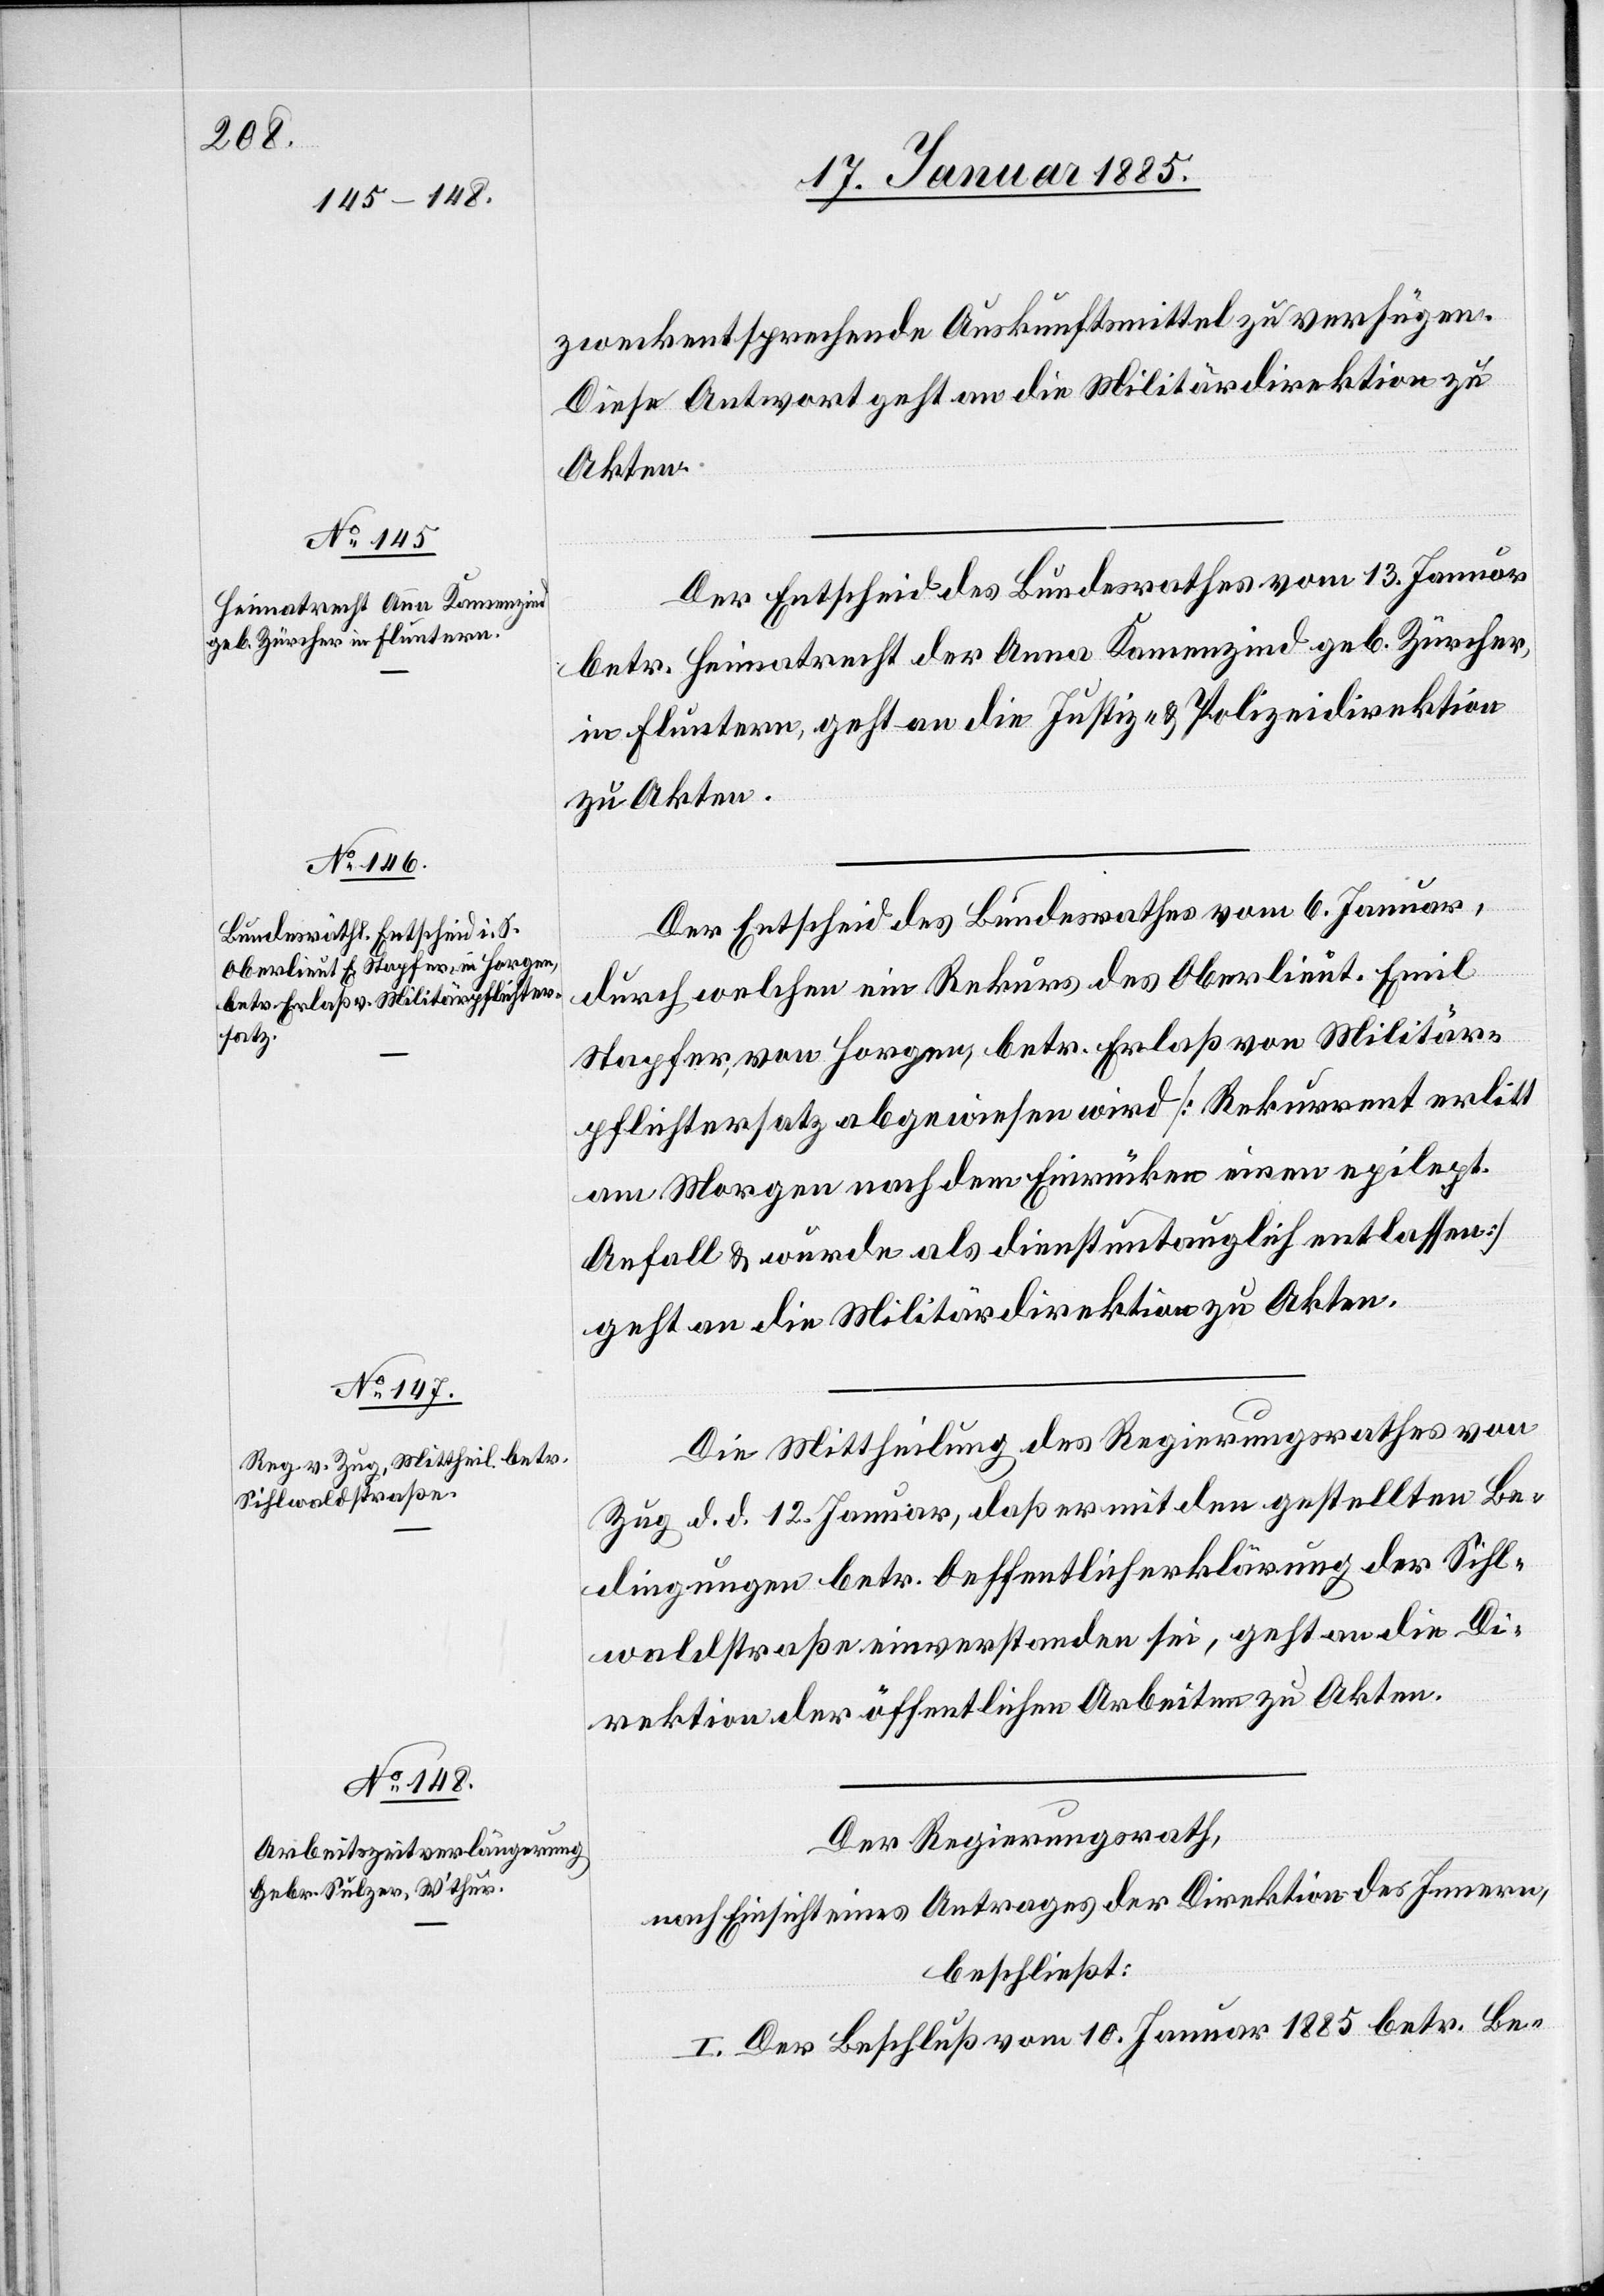
zweckentsprechende Auskunftsmittel zu verfügen.
Diese Antwort geht an die Militärdirektion zu
Akten.
Der Entscheid des Bundesrathes vom 13. Januar
betr. Heimatrecht der Anna Kamenzind geb. Zürcher,
in Fluntern, geht an die die Justiz- und Polizeidirektion
zu Akten.
Der Entscheid des Bundesrathes vom 6. Januar,
durch welchen ein Rekurs des Oberlieut. Emil
Stapfer, von Horgen, betr. Erlaß von Militär¬
pflichtersatz abgewiesen wird [Rekurrent erlitt
am Morgen nach dem Einrücken einen epilept.
Anfall & wurde als dienstuntauglich entlassen]
geht an die Militärdirektion zu Akten.
Die Mittheilung des Regierungsrathes von
Zug d. d. 12. Januar, daß er mit den gestellten Be¬
dingungen betr. Oeffentlicherklärung der Sihl¬
waldstraße einverstanden sei, geht an die Di¬
rektion der öffentlichen Arbeiten zu Akten.
Der Regierungsrath,
nach Einsicht eines Antrages der Direktion des Innern,
beschließt:
I. Der Beschluß vom 10. Januar 1885 betr. Be-